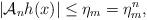
LaTeX: \begin{align*}| \mathcal{A}_n h(x) | \leq \eta_m = \eta_m^n,\end{align*}